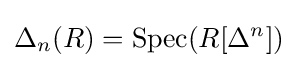
\Delta _{n}(R)=\operatorname {Spec} (R[\Delta ^{n}])